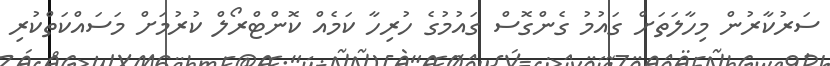
ސަރުކާރުން މިހާލަތަށް ގައުމު ގެންގޮސް ގައުމުގެ ހުރިހާ ކަމެއް ކޮންޓްރޯލް ކުރުމަށް މަސައްކަތްކުރި